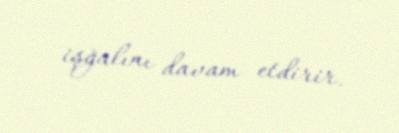
işğalını davam etdirir.